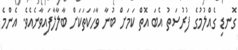
ގޮނޑި ގެއްލުމުގެ ފުރުސަތު އެބަ އޮތް ކަމަށް ބުނާ ވާހަކަތަކަށް ބާލާލާފައިވާނެއެވެ. އެންމެ